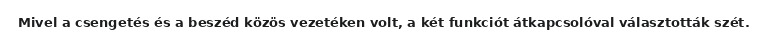
Mivel a csengetés és a beszéd közös vezetéken volt, a két funkciót átkapcsolóval választották szét.